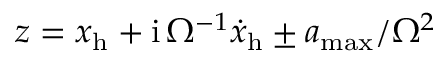
z = x _ { \mathrm { h } } + \mathrm { i } \, \Omega ^ { - 1 } { \dot { x } } _ { \mathrm { h } } \pm a _ { \mathrm { m a x } } / \Omega ^ { 2 }